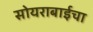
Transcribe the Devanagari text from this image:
सोयराबाईचा